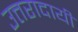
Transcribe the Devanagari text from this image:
उत्तरादायी